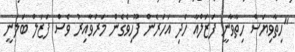
"ހިތާވިޔަސް ހިތާވާނީ ފަޒަލްއާ ހެދި އަހަރެން ފޫހިވެގެން މަރުވާއިރު ވެސް ފަޒަލް ބަލަނީ